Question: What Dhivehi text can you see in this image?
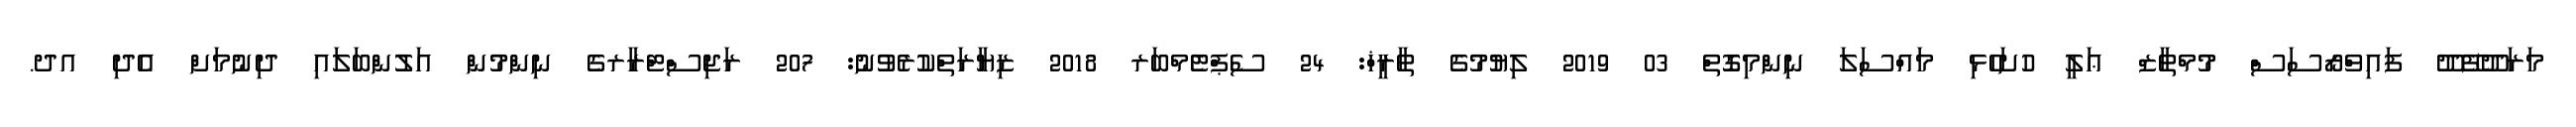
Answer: މަރަދޫފޭދޫ ފައިވްރޯސަސް މުމްތާޒް ޢަލީ ހުށަހެޅި މައްސަލަ ނިންމިގޮތް 03 2019 ލިޔުމުގެ ތާރީޚް: 24 ސެޕްޓެމްބަރ 2018 ޒިޔާރަތްކުރެވުނު: 207 ރަޖިސްޓްރާރގެ ނިންމުން އަލުންބަލައި ދިނުމަށް އެދި އދ.